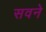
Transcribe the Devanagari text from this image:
सवने